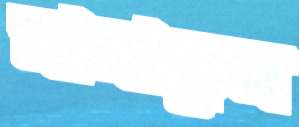
মানাতুম